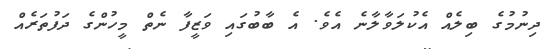
ދިނުމުގެ ބިލެއް އެކުލަވާލާނެ އެވެ. އެ ބާބުގައި ވަޒީފާ ނެތް މީހުންގެ ދަފުތަރެއް